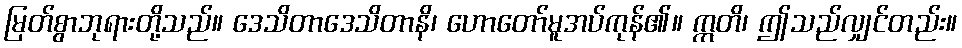
မြတ်စွာဘုရားတို့သည်။ ဒေသိတာဒေသိတာနိ၊ ဟောတော်မူအပ်ကုန်၏။ ဣတိ၊ ဤသည်လျှင်တည်း။